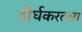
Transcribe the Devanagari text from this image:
दीर्घकरतला